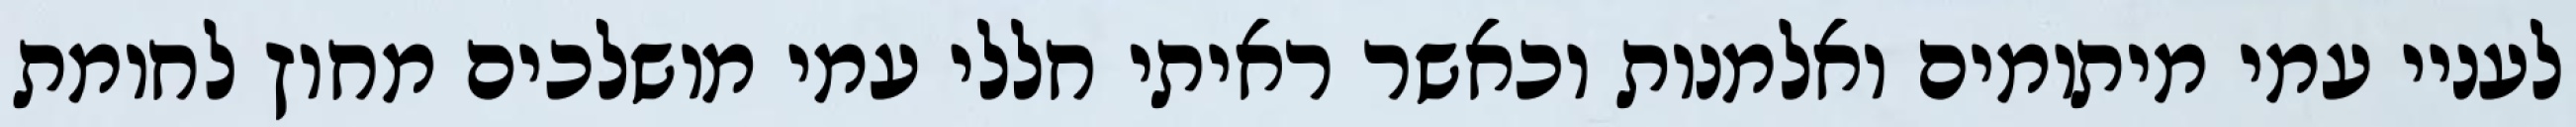
לעניי עמי מיתומים ואלמנות וכאשר ראיתי חללי עמי מושלכים מחוץ לחומת